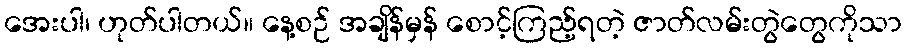
အေးပါ၊ ဟုတ်ပါတယ်။ နေ့စဉ် အချိန်မှန် စောင့်ကြည့်ရတဲ့ ဇာတ်လမ်းတွဲတွေကိုသာ